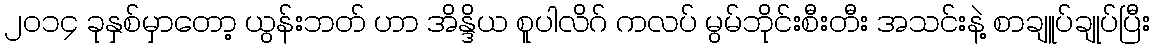
၂၀၁၄ ခုနှစ်မှာတော့ ယွန်းဘတ် ဟာ အိန္ဒိယ စူပါလိဂ် ကလပ် မွမ်ဘိုင်းစီးတီး အသင်းနဲ့ စာချူပ်ချုပ်ပြီး